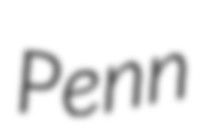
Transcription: Penn